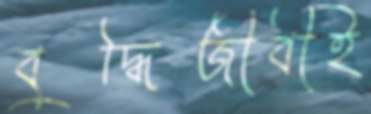
বুদ্ধিজীবীই